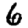
Digit: 6